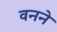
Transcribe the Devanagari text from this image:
वनने